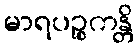
မာရပဉ္စကန္တိ